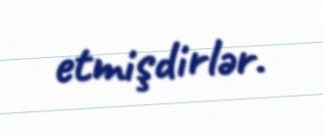
etmişdirlər.